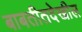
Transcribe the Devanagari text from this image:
बाबतीतदेखील